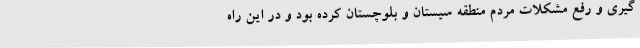
گیری و رفع مشکلات مردم منطقه سیستان و بلوچستان کرده بود و در این راه